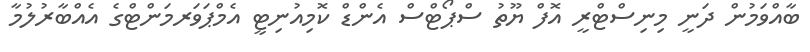
ބާއްވަމުން ދަނީ މިނިސްޓްރީ އޮފް ޔޫތު ސްޕޯޓްސް އެންޑް ކޮމިއުނިޓީ އެމްޕަވަރމަންޓްގެ އެއްބާރުލުމާ